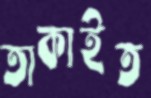
তাকাইত